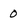
Character: 0